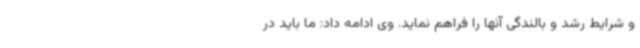
و شرایط رشد و بالندگی آنها را فراهم نماید. وی ادامه داد: ما باید در